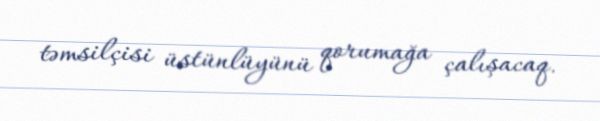
təmsilçisi üstünlüyünü qorumağa çalışacaq.